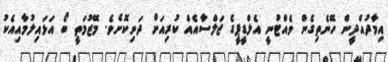
އިމާދުއްދީން ހޭނެތިގެން ވެއްޓުނީ އެލްޑީޕީގެ ޖަލްސާއެއް ކުރިއަށް ދަނިކޮށެވެ. މޭޒުމަތީ ބޯ އަޅައިލުމާއިއެކު